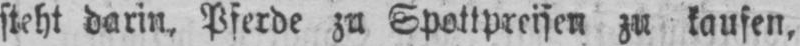
steht darin, Pferde zu Spottpreisen zu kaufen,